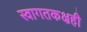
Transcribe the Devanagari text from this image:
स्वागतकक्षही